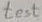
Text: test